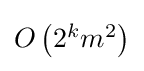
{\textstyle O\left(2^{k}m^{2}\right)}